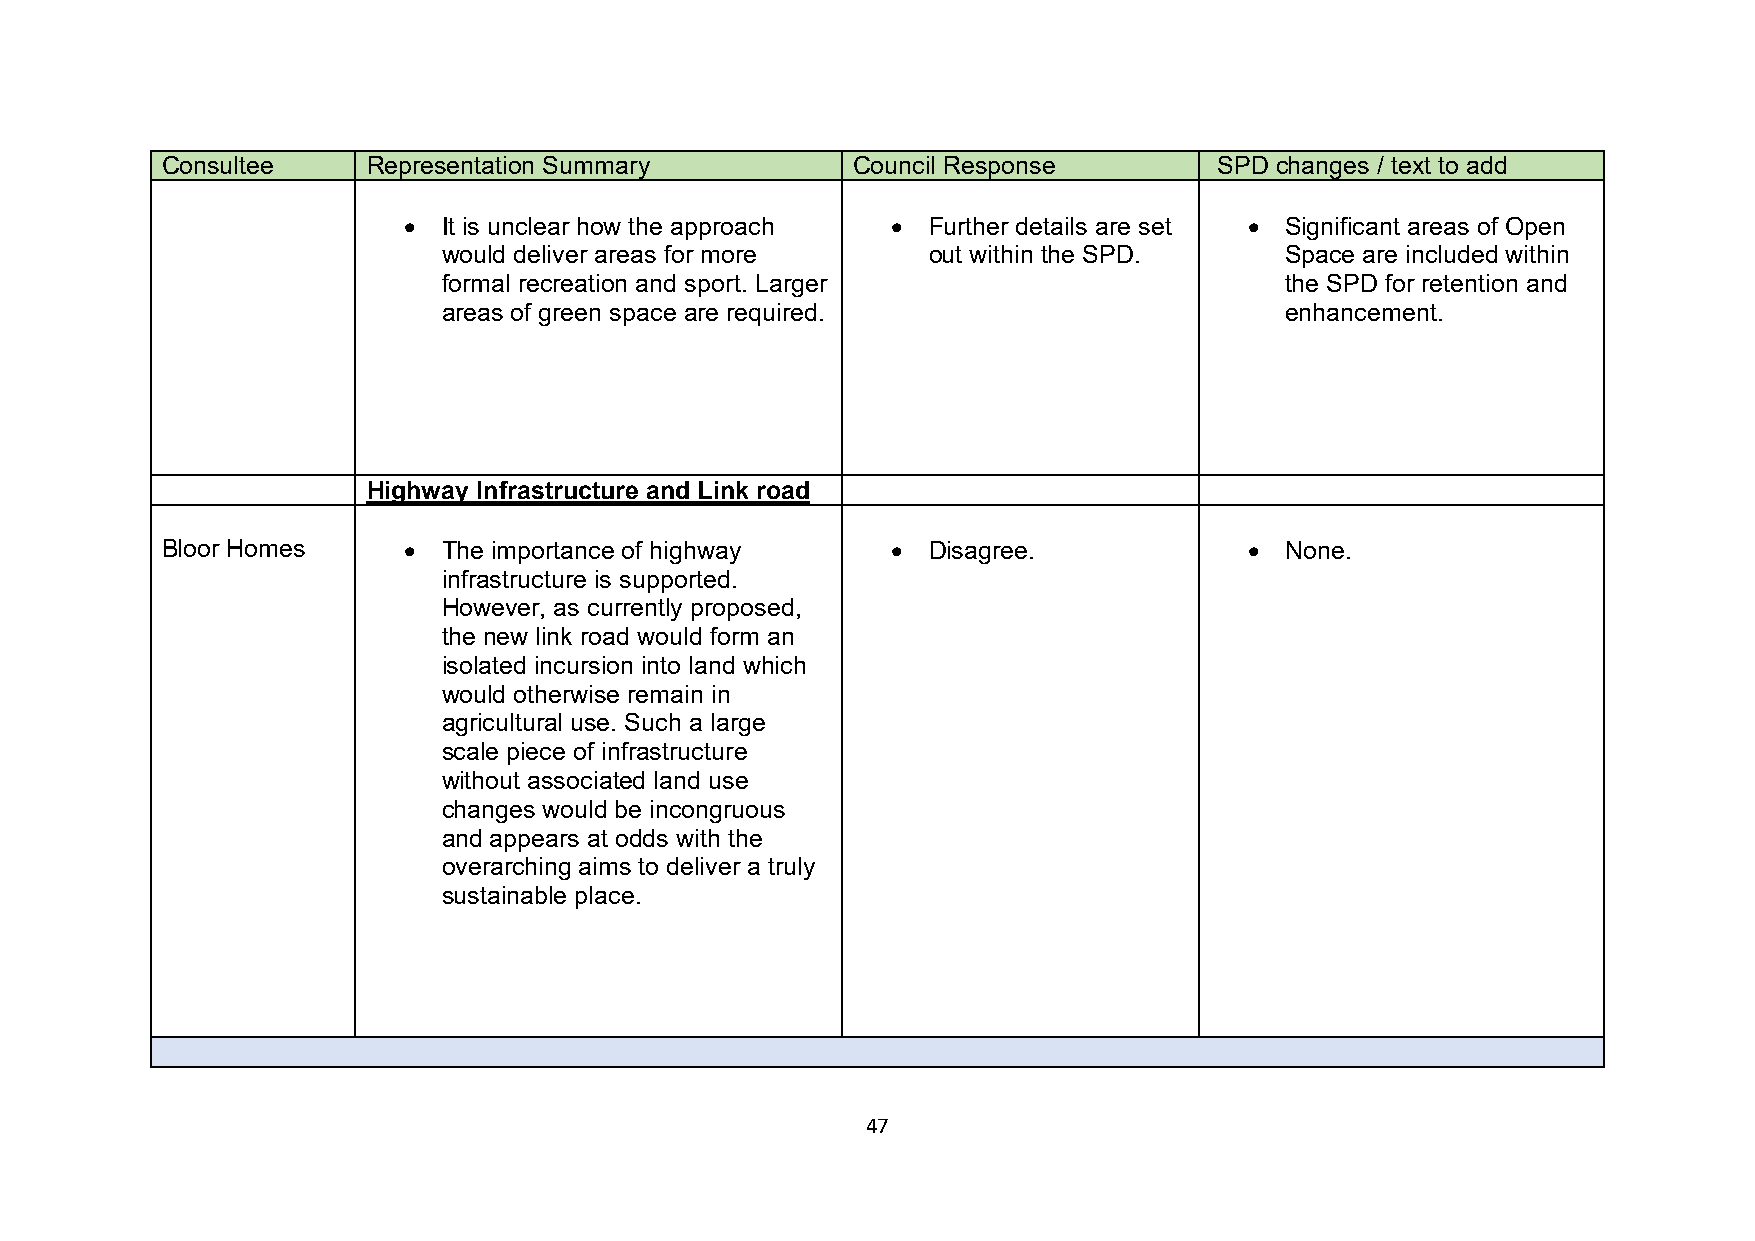
Consultee    Representation Summary          Council Response         SPD changes / text to add
 • It is unclear how the approach • Further details are set • Significant areas of Open
 would deliver areas for more    out within the SPD.     Space are included within
 formal recreation and sport. Larger                     the SPD for retention and
 areas of green space are required.                      enhancement.
 Highway Infrastructure and Link road
 Bloor Homes     • The importance of highway     • Disagree.             • None.
 infrastructure is supported.
 However, as currently proposed,
 the new link road would form an
 isolated incursion into land which
 would otherwise remain in
 agricultural use. Such a large
 scale piece of infrastructure
 without associated land use
 changes would be incongruous
 and appears at odds with the
 overarching aims to deliver a truly
 sustainable place.
 47